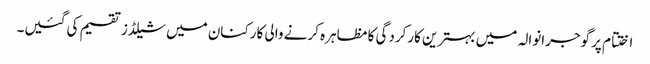
اختتام پر گوجرانوالہ میں بہترین کارکردگی کا مظاہرہ کرنے والی کارکنان میں شیلڈز تقسیم کی گئیں۔